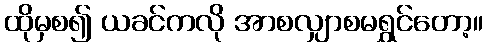
ထိုမှစ၍ ယခင်ကလို အာစလျှာစမရွှင်တော့။